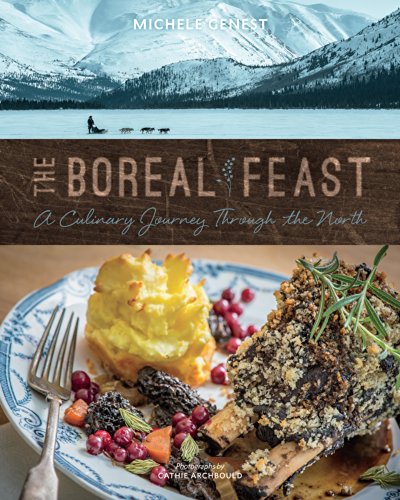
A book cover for The Boreal Feast: A Culinary Journey through the North; Michele Genest; Cookbooks, Food & Wine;